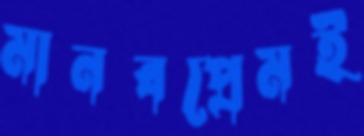
মানবপ্রেমই